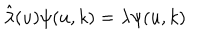
\hat { \lambda } ( u ) \psi ( u , k ) = \lambda \psi ( u , k )